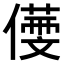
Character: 𠏒